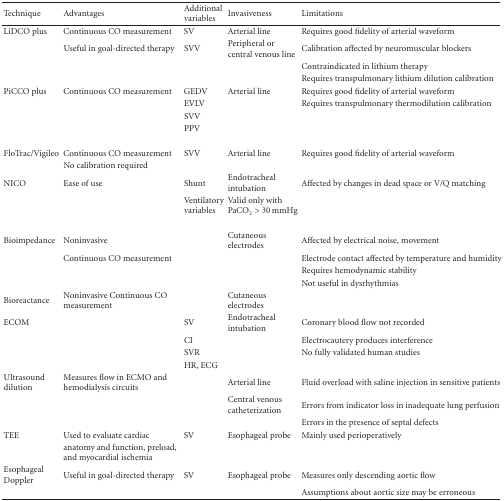
<table><thead><tr><td><b>Technique</b></td><td><b>Advantages</b></td><td><b>Additional variables</b></td><td><b>Invasiveness</b></td><td><b>Limitations</b></td></tr></thead><tbody><tr><td>LiDCO plus</td><td>Continuous CO measurement</td><td>SV</td><td>Arterial line</td><td>Requires good fidelity of arterial waveform</td></tr><tr><td></td><td>Useful in goal-directed therapy</td><td>SVV</td><td>Peripheral or central venous line</td><td>Calibration affected by neuromuscular blockers</td></tr><tr><td></td><td></td><td></td><td></td><td>Contraindicated in lithium therapy</td></tr><tr><td></td><td></td><td></td><td></td><td>Requires transpulmonary lithium dilution calibration</td></tr><tr><td>PiCCO plus</td><td>Continuous CO measurement</td><td>GEDV</td><td>Arterial line</td><td>Requires good fidelity of arterial waveform</td></tr><tr><td></td><td></td><td>EVLV</td><td></td><td>Requires transpulmonary thermodilution calibration</td></tr><tr><td></td><td></td><td>SVV</td><td></td><td></td></tr><tr><td></td><td></td><td>PPV</td><td></td><td></td></tr><tr><td>FloTrac/Vigileo</td><td>Continuous CO measurement</td><td>SVV</td><td>Arterial line</td><td>Requires good fidelity of arterial waveform</td></tr><tr><td></td><td>No calibration required</td><td></td><td></td><td></td></tr><tr><td>NICO</td><td>Ease of use</td><td>Shunt</td><td>Endotracheal intubation</td><td>Affected by changes in dead space or V/Q matching</td></tr><tr><td></td><td></td><td>Ventilatory variables</td><td>Valid only with PaCO<sub>2</sub> &gt; 30 mmHg</td><td></td></tr><tr><td>Bioimpedance</td><td>Noninvasive</td><td></td><td>Cutaneous electrodes</td><td>Affected by electrical noise, movement</td></tr><tr><td></td><td>Continuous CO measurement</td><td></td><td></td><td>Electrode contact affected by temperature and humidity</td></tr><tr><td></td><td></td><td></td><td></td><td>Requires hemodynamic stability</td></tr><tr><td></td><td></td><td></td><td></td><td>Not useful in dysrhythmias</td></tr><tr><td>Bioreactance</td><td>Noninvasive Continuous CO measurement</td><td></td><td>Cutaneous electrodes</td><td></td></tr><tr><td>ECOM</td><td></td><td>SV</td><td>Endotracheal intubation</td><td>Coronary blood flow not recorded</td></tr><tr><td></td><td></td><td>CI</td><td></td><td>Electrocautery produces interference</td></tr><tr><td></td><td></td><td>SVR</td><td></td><td>No fully validated human studies</td></tr><tr><td></td><td></td><td>HR, ECG</td><td></td><td></td></tr><tr><td>Ultrasound dilution</td><td>Measures flow in ECMO and hemodialysis circuits</td><td></td><td>Arterial line</td><td>Fluid overload with saline injection in sensitive patients</td></tr><tr><td></td><td></td><td></td><td>Central venous catheterization</td><td>Errors from indicator loss in inadequate lung perfusion</td></tr><tr><td></td><td></td><td></td><td></td><td>Errors in the presence of septal defects</td></tr><tr><td>TEE</td><td>Used to evaluate cardiac</td><td>SV</td><td>Esophageal probe</td><td>Mainly used perioperatively</td></tr><tr><td></td><td>anatomy and function, preload, and myocardial ischemia</td><td></td><td></td><td></td></tr><tr><td>Esophageal Doppler</td><td>Useful in goal-directed therapy</td><td>SV</td><td>Esophageal probe</td><td>Measures only descending aortic flow</td></tr><tr><td></td><td></td><td></td><td></td><td>Assumptions about aortic size may be erroneous</td></tr></tbody></table>